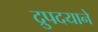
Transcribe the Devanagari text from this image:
द्रुपदयाने